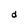
Character: d